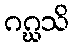
ဂဂ္ဃသိ